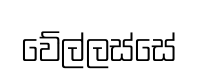
වේල්ලස්සේ